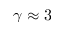
\gamma \approx 3